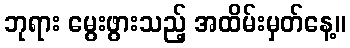
ဘုရား မွေးဖွားသည့် အထိမ်းမှတ်နေ့။